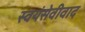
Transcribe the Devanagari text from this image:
स्वयंसेवीवाद